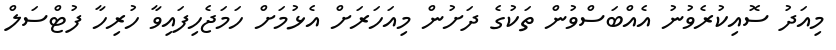
މިއަދު ސޮއިކުރެވުނު އެއްބަސްވުން ތަކުގެ ދަށުން މިއަހަރަށް އެޅުމަށް ހަމަޖެހިފައިވާ ހުރިހާ ފުޓްސަލް